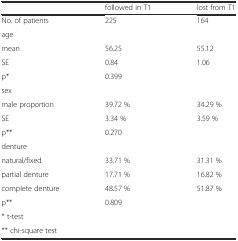
<table><thead><tr><td></td><td><b>followed in T1</b></td><td><b>lost from T1</b></td></tr></thead><tbody><tr><td>No. of patients</td><td>225</td><td>164</td></tr><tr><td>age</td><td></td><td></td></tr><tr><td>mean</td><td>56.25</td><td>55.12</td></tr><tr><td>SE</td><td>0.84</td><td>1.06</td></tr><tr><td>p*</td><td>0.399</td><td></td></tr><tr><td>sex</td><td></td><td></td></tr><tr><td>male proportion</td><td>39.72 %</td><td>34.29 %</td></tr><tr><td>SE</td><td>3.34 %</td><td>3.59 %</td></tr><tr><td>p**</td><td>0.270</td><td></td></tr><tr><td>denture</td><td></td><td></td></tr><tr><td>natural/fixed</td><td>33.71 %</td><td>31.31 %</td></tr><tr><td>partial denture</td><td>17.71 %</td><td>16.82 %</td></tr><tr><td>complete denture</td><td>48.57 %</td><td>51.87 %</td></tr><tr><td>p**</td><td>0.809</td><td></td></tr><tr><td>* t-test</td><td></td><td></td></tr><tr><td>** chi-square test</td><td></td><td></td></tr></tbody></table>